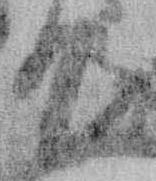
て